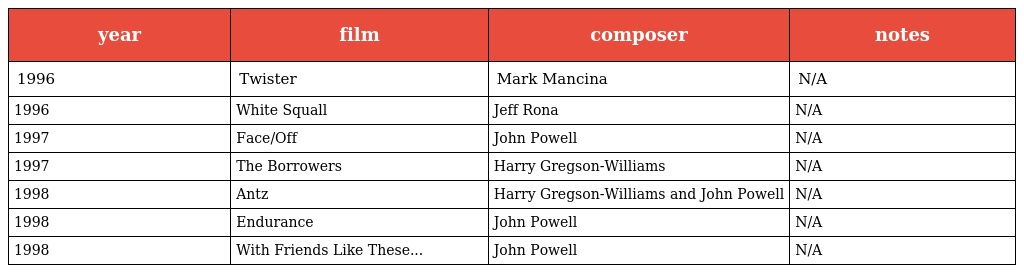
| year | film | composer | notes |
 | --- | --- | --- | --- |
 | 1996 | Twister | Mark Mancina | N/A |
 | 1996 | White Squall | Jeff Rona | N/A |
 | 1997 | Face/Off | John Powell | N/A |
 | 1997 | The Borrowers | Harry Gregson-Williams | N/A |
 | 1998 | Antz | Harry Gregson-Williams and John Powell | N/A |
 | 1998 | Endurance | John Powell | N/A |
 | 1998 | With Friends Like These... | John Powell | N/A |